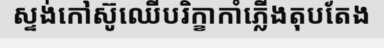
ស្ទង់កៅស៊ូឈើបរិក្ខាកាំភ្លើងតុបតែង